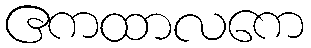
ဧကထာလကေ